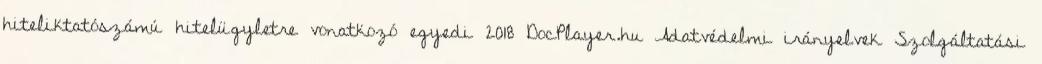
hiteliktatószámú hitelügyletre vonatkozó egyedi 2018 DocPlayer.hu Adatvédelmi irányelvek Szolgáltatási